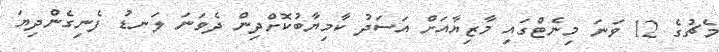
މެޗުގެ 12 ވަނަ މިނެޓްގައި މާޒިޔާއަށް އަސަދު ކާމިޔާބުކޮށްދިން ދެވަނަ ލަނޑު ފެނިގެންދިޔަ